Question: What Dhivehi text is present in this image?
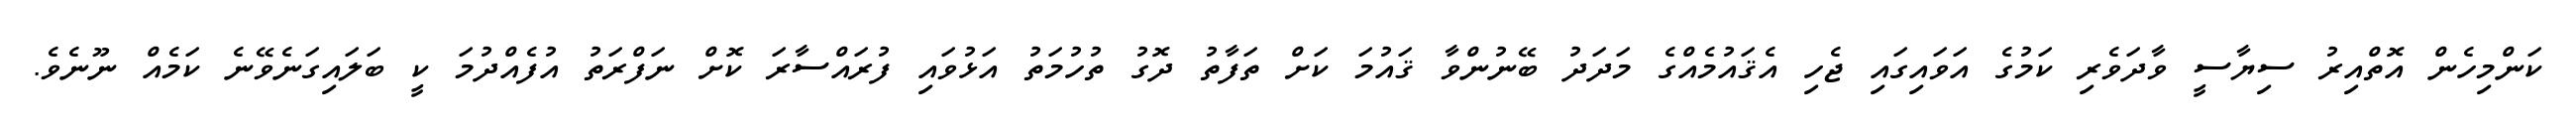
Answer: ކަންމިހެން އޮތްއިރު ސިޔާސީ ވާދަވެރި ކަމުގެ އަވައިގައި ޖެހި އެޤައުމެއްގެ މަދަދު ބޭނުންވާ ޤައުމަ ކަށް ތަފާތު ދޮގު ތުހުމަތު އަޅުވައި ފުރައްސާރަ ކޮށް ނަފްރަތު އުފެއްދުމަ ކީ ބަލައިގަނެވޭނެ ކަމެއް ނޫނެވެ.